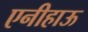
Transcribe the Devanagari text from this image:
एनीहाऊ